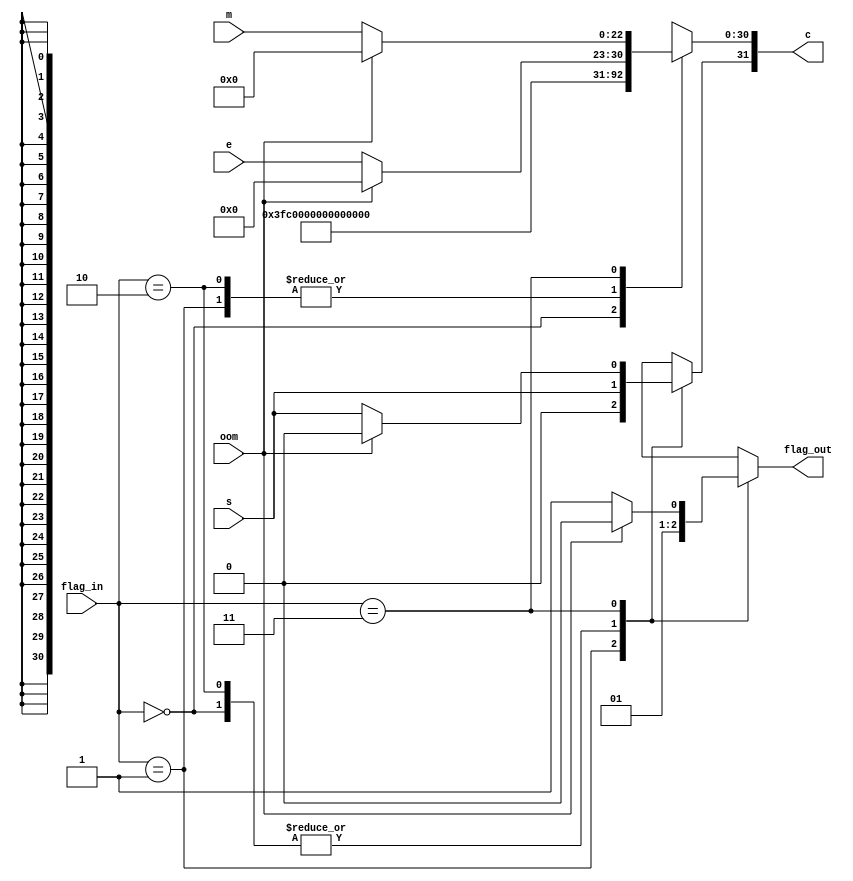
module result(s,e,m,flag_in,oom,c,flag_out);
	input s;
	input [7:0] e;
	input [22:0] m;
	input [1:0] flag_in;
	//input clk,rst;
	input oom;
	output reg [31:0]c;
	output reg flag_out;
	
	always @(*) begin
		case(flag_in)
			2'b00:begin
				c[31] = s;
				c[30:0] = 31'b11111111_00000000000000000000000;
				flag_out = 1'b1;
				end
			2'b01:begin
				c = 32'b0;
				flag_out = 0;
				end
			2'b10:begin
				c[31] = s;
				c[30:0] = 31'b0;
				flag_out = 1'b1;
				end
			2'b11:begin
				if (oom==1'b1) begin
					flag_out =0;
					c=32'b0;
					end
				else begin
					c[31] = s;
					c[30:23] = e;
					c[22:0] = m;
					flag_out = 1'b1;
					end
				end
			endcase
		end
endmodule